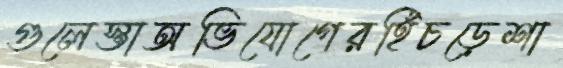
গুলেস্তাঅভিযোগেরহিঁচড়েশা